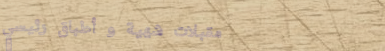
مقبلات شهية و أطباق رئيسي